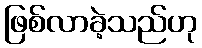
ဖြစ်လာခဲ့သည်ဟု